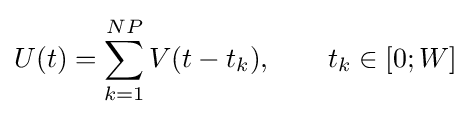
U(t)=\sum _{k=1}^{NP}V(t-t_{k}),\qquad t_{k}\in [0;W]